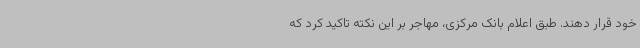
خود قرار دهند. طبق اعلام بانک مرکزی، مهاجر بر این نکته تاکید کرد که